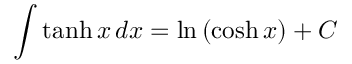
\int \operatorname { t a n h } x \, d x = \ln \, ( \cosh x ) + C